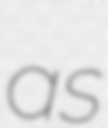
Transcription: as